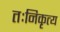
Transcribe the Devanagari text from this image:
तःनिकृत्य